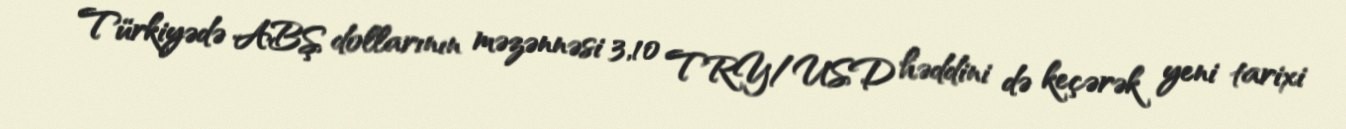
Türkiyədə ABŞ dollarının məzənnəsi 3,10 TRY/USD həddini də keçərək yeni tarixi